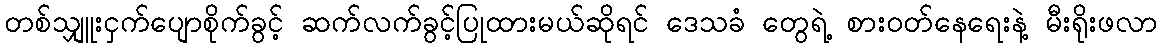
တစ်သျှူးငှက်ပျောစိုက်ခွင့် ဆက်လက်ခွင့်ပြုထားမယ်ဆိုရင် ဒေသခံ တွေရဲ့ စားဝတ်နေရေးနဲ့ မီးရိုးဖလာ